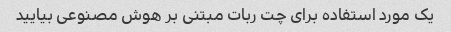
یک مورد استفاده برای چت ربات مبتنی بر هوش مصنوعی بیایید